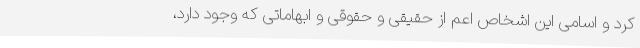
کرد و اسامی این اشخاص اعم از حقیقی و حقوقی و ابهاماتی که وجود دارد،